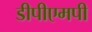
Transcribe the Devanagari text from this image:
डीपीएमपी